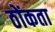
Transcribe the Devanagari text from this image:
ठोंकता